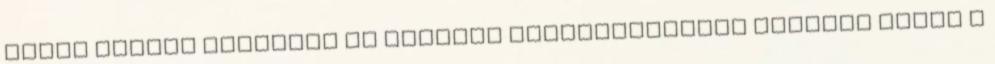
éppen fontos receptet az ételeid elkészítéséhez Keresés ebben a